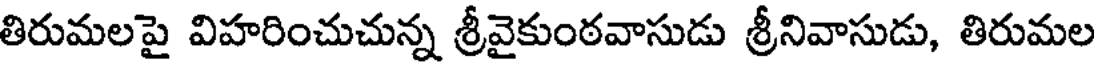
తిరుమలపై విహరించుచున్న శ్రీవైకుంఠవాసుడు శ్రీనివాసుడు, తిరుమల